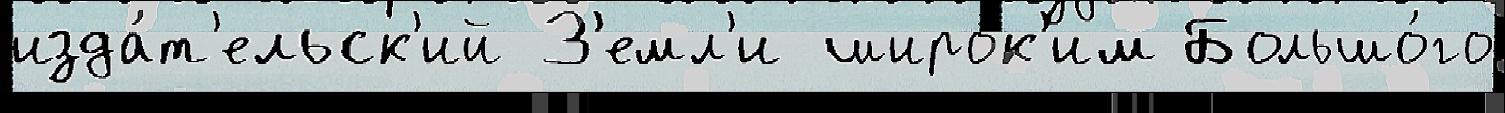
изда́т'ельск'ий З'емл'и широ́к'им Большо́го